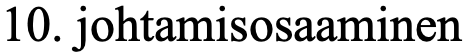
10. johtamisosaaminen